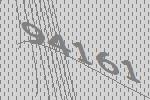
94161